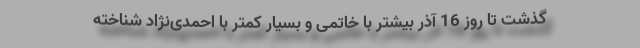
گذشت تا روز 16 آذر بیشتر با خاتمی و بسیار کمتر با احمدی‌نژاد شناخته